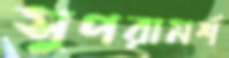
সুপরামর্শ